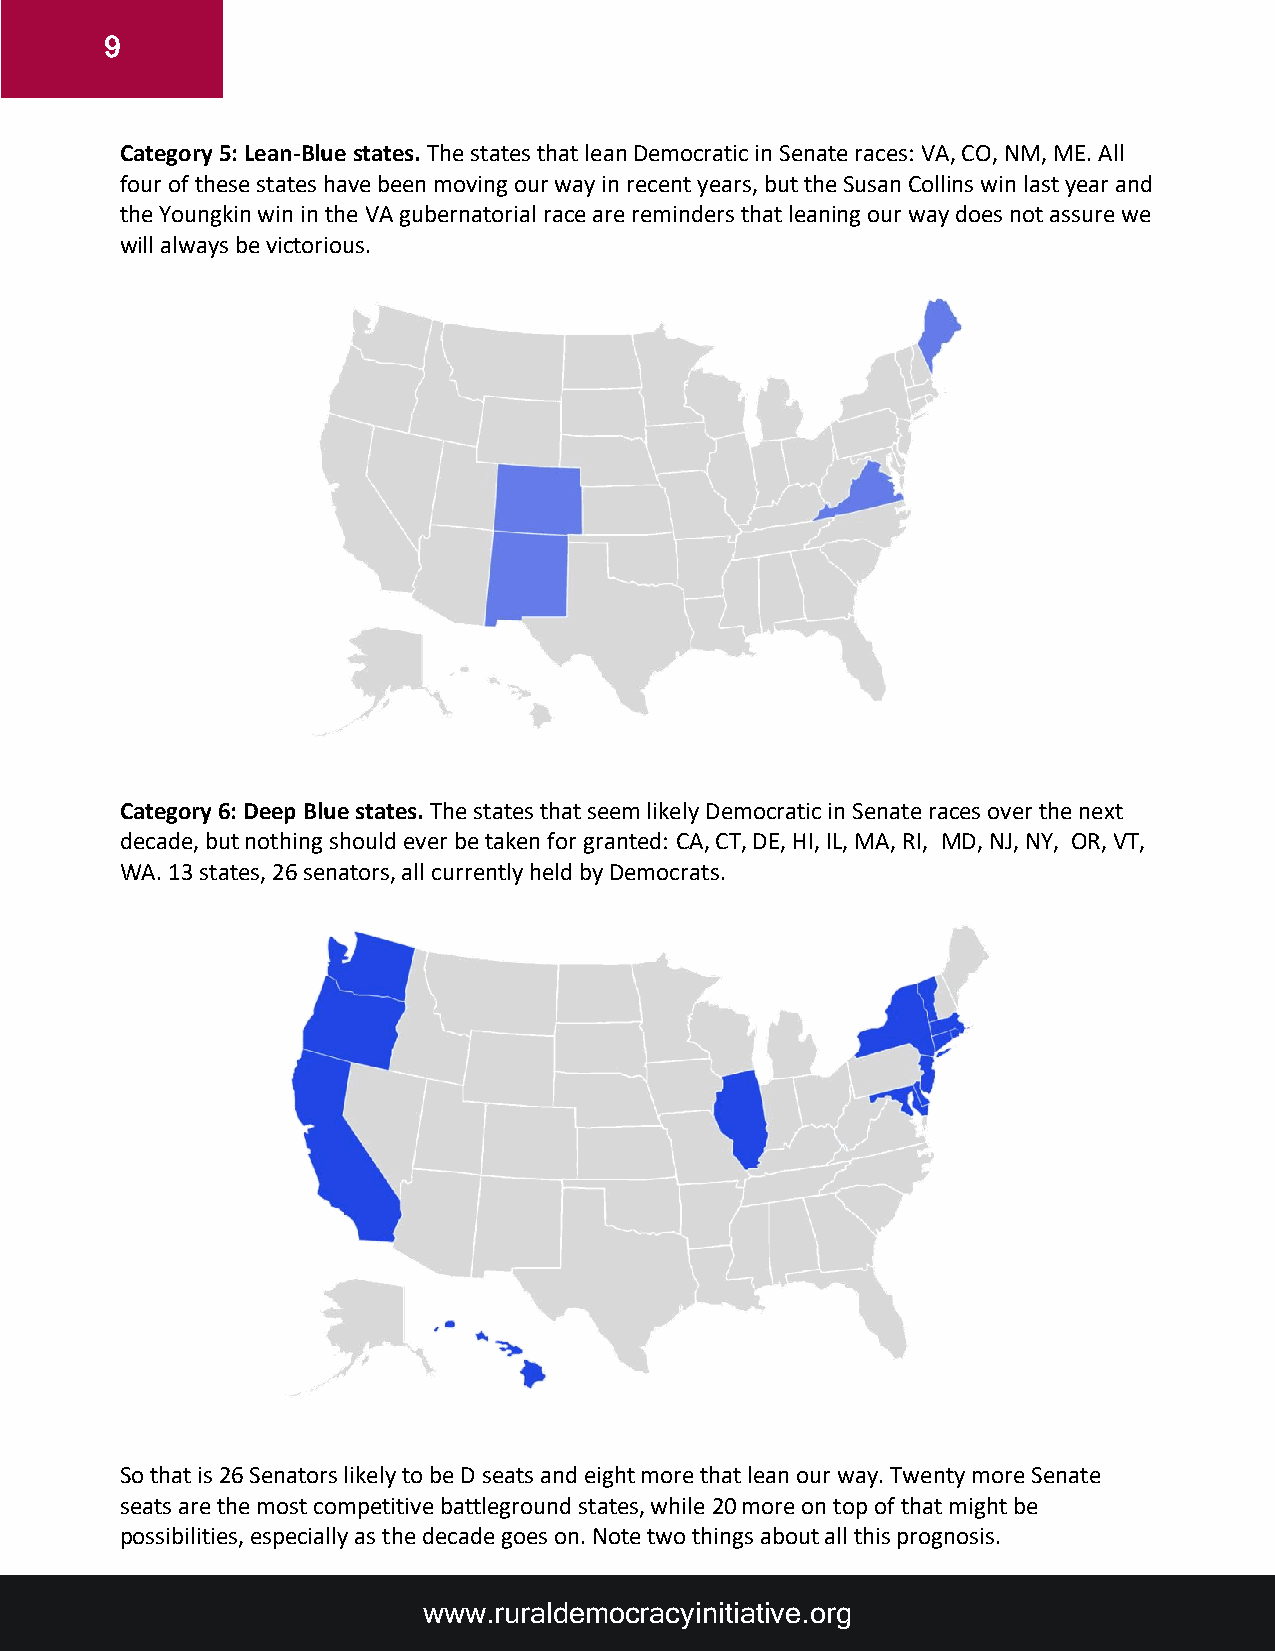
9
 Category 5: Lean-Blue states. The states that lean Democratic in Senate races: VA, CO, NM, ME. All
 four of these states have been moving our way in recent years, but the Susan Collins win last year and
 the Youngkin win in the VA gubernatorial race are reminders that leaning our way does not assure we
 will always be victorious.
 Category 6: Deep Blue states. The states that seem likely Democratic in Senate races over the next
 decade, but nothing should ever be taken for granted: CA, CT, DE, HI, IL, MA, RI, MD, NJ, NY, OR, VT,
 WA. 13 states, 26 senators, all currently held by Democrats.
 So that is 26 Senators likely to be D seats and eight more that lean our way. Twenty more Senate
 seats are the most competitive battleground states, while 20 more on top of that might be
 possibilities, especially as the decade goes on. Note two things about all this prognosis.
 www.ruraldemocracyinitiative.org